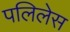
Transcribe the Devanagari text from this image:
पलिलेस